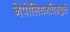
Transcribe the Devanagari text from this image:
नेपोलियनविरुद्धचे